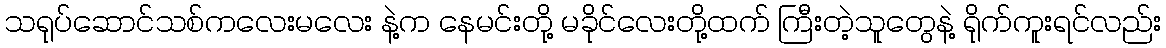
သရုပ်ဆောင်သစ်ကလေးမလေး နဲ့က နေမင်းတို့ မခိုင်လေးတို့ထက် ကြီးတဲ့သူတွေနဲ့ ရိုက်ကူးရင်လည်း